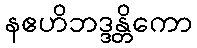
နဧဟိဘဒ္ဒန္တိကော